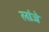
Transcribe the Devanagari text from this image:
लांजे